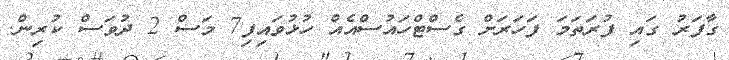
ގާފަރު ގައި ފުރަތަމަ ފަަހަރަށް ގެސްޓްހައުސްއެއް ހުޅުވައިފި7 މަސް 2 ދުވަސް ކުރިން.